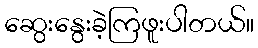
ဆွေးနွေးခဲ့ကြဖူးပါတယ်။